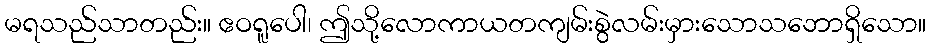
မရသည်သာတည်း။ ဧဝရူပေါ၊ ဤသို့လောကာယတကျမ်းစွဲလမ်းမှားသောသဘောရှိသော။